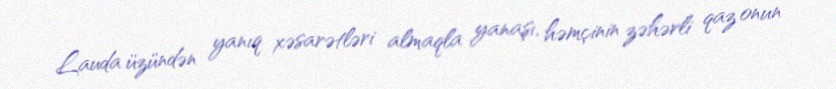
Lauda üzündən yanıq xəsarətləri almaqla yanaşı, həmçinin zəhərli qaz onun